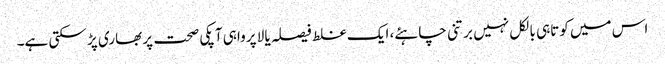
اس میں کوتاہی بالکل نہیں برتنی چاہئے، ایک غلط فیصلہ یا لا پرواہی آپکی صحت پر بھاری پڑ سکتی ہے۔